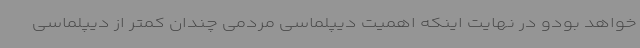
خواهد بودو در نهایت اینکه اهمیت دیپلماسی مردمی چندان کمتر از دیپلماسی